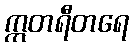
ဣတရီတရေ